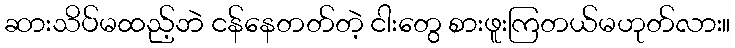
ဆားသိပ်မထည့်ဘဲ ငန်နေတတ်တဲ့ ငါးတွေ စားဖူးကြတယ်မဟုတ်လား။